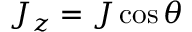
J _ { z } = J \cos \theta